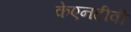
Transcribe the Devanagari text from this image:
केएनटीवी